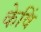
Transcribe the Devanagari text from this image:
केविं